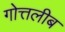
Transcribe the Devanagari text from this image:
गोत्तलीब